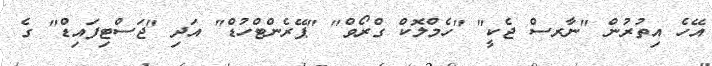
އޭހެ އިތުރުން "ނާރސް ޖެކީ" "ހެމްލޮކް ގްރޯވް" "ޕޭރެންޓްހުޑް" އަދި "ޖަސްޓިފައިޑް" ގެ